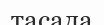
тасада